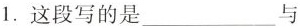
1.这段写的是___与